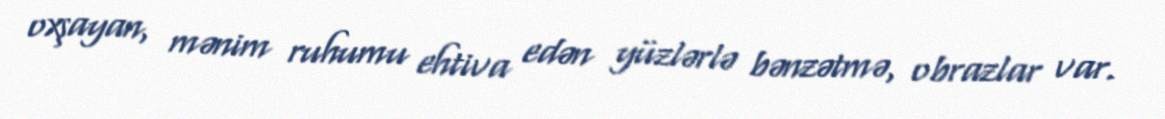
oxşayan, mənim ruhumu ehtiva edən yüzlərlə bənzətmə, obrazlar var.